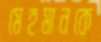
মেহমানকে